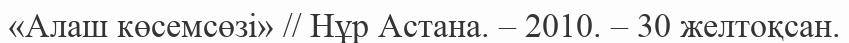
«Алаш көсемсөзі» // Нұр Астана. – 2010. – 30 желтоқсан.